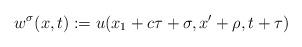
LaTeX: \begin{align*}w^{\sigma}(x,t):=u(x_1+c\tau+\sigma,x'+\rho,t+\tau)\end{align*}